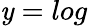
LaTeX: \mathit{y}=log